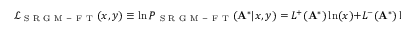
\mathcal { L } _ { \mathrm { ~ S ~ R ~ G ~ M ~ - ~ F ~ T ~ } } ( x , y ) \equiv \ln P _ { \mathrm { ~ S ~ R ~ G ~ M ~ - ~ F ~ T ~ } } ( \mathbf { A } ^ { * } | x , y ) = L ^ { + } ( \mathbf { A } ^ { * } ) \ln ( x ) + L ^ { - } ( \mathbf { A } ^ { * } ) \ln ( y ) - L ( \mathbf { A } ^ { * } ) \ln ( x + y )